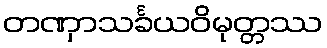
တဏှာသင်္ခယဝိမုတ္တဿ